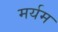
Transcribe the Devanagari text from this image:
मर्यम